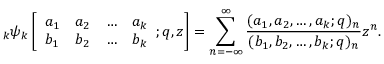
\; _ { k } \psi _ { k } \left[ { \begin{array} { l l l l } { a _ { 1 } } & { a _ { 2 } } & { \ldots } & { a _ { k } } \\ { b _ { 1 } } & { b _ { 2 } } & { \ldots } & { b _ { k } } \end{array} } ; q , z \right] = \sum _ { n = - \infty } ^ { \infty } { \frac { ( a _ { 1 } , a _ { 2 } , \ldots , a _ { k } ; q ) _ { n } } { ( b _ { 1 } , b _ { 2 } , \ldots , b _ { k } ; q ) _ { n } } } z ^ { n } .